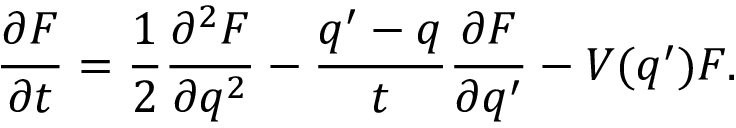
\frac { \partial F } { \partial t } = \frac { 1 } { 2 } \frac { \partial ^ { 2 } F } { \partial q ^ { 2 } } - \frac { q ^ { \prime } - q } { t } \frac { \partial F } { \partial q ^ { \prime } } - V ( q ^ { \prime } ) F .